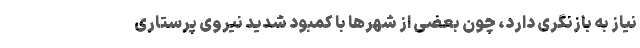
نیاز به بازنگری دارد، چون بعضی از شهر‌ها با کمبود شدید نیروی پرستاری